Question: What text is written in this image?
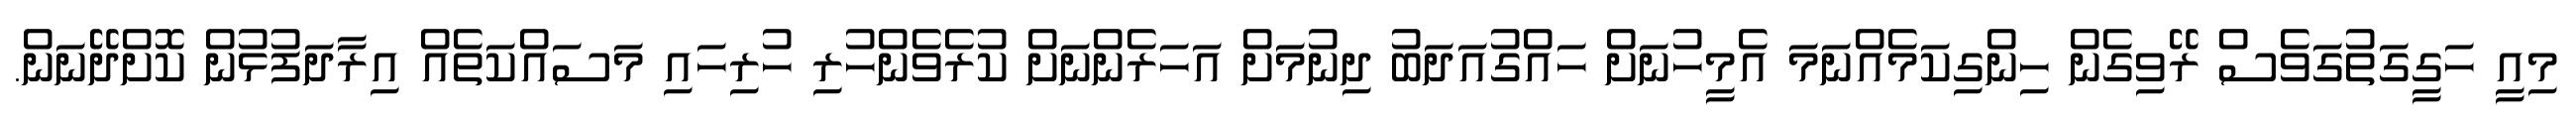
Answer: މިއީ ހަގީގަތުގަވެސް ރޭވިގެން ހިންގިކަމެއްނަމަ އެމީހުނަށް ހައްގުއަދަބު ދިނުމަށް އަހަރެންނަށް ކުރެވެންހުރި ހުރިހައި މަސައްކަތެއް އިރާދަފުޅުން ކޮށްދޭނަން.